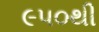
૯૫૦થી